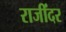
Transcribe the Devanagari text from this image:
राजींदर